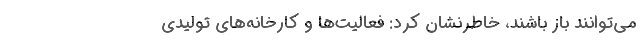
می‌توانند باز باشند، خاطرنشان کرد: فعالیت‌ها و کارخانه‌های تولیدی